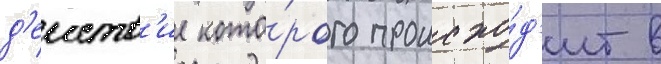
д'еиств'ие кото́рого происхо́д'ит в